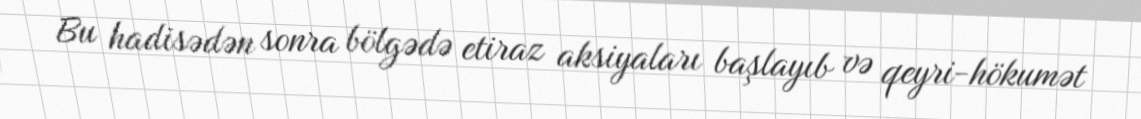
Bu hadisədən sonra bölgədə etiraz aksiyaları başlayıb və qeyri-hökumət